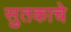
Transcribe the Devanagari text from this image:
सुतकाचे